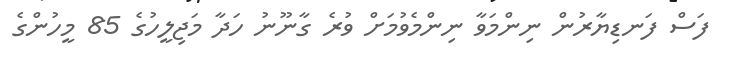
ފަސް ފަނޑިޔާރުން ނިންމަވާ ނިންމެވުމަށް ވުރެ ގާނޫނު ހަދާ މަޖިލީހުގެ 85 މީހުންގެ